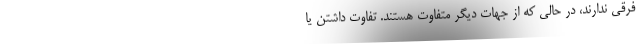
فرقی ندارند، در حالی که از جهات دیگر متفاوت هستند. تفاوت داشتن یا